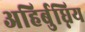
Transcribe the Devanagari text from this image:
अहिर्बुध्निय